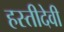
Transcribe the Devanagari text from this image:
हस्तीदेवी